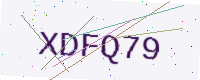
Text: XDFQ79